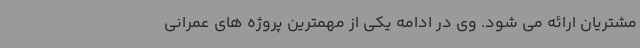
مشتریان ارائه می شود. وی در ادامه یکی از مهمترین پروژه های عمرانی